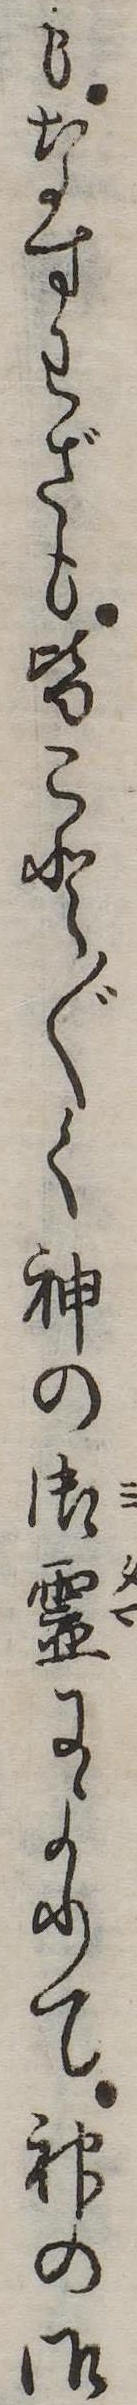
もなすわざも皆こと〲く神の御霊によりて神の御